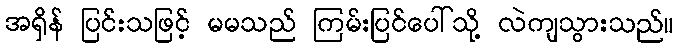
အရှိန် ပြင်းသဖြင့် မမသည် ကြမ်းပြင်ပေါ်သို့ လဲကျသွားသည်။